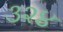
૩૨૪